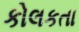
કોલકતા